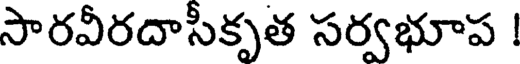
సారవీరదాసీకృత సర్వభూప !